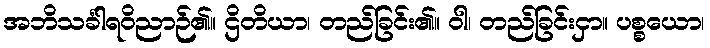
အဘိသင်္ခါရဝိညာဉ်၏။ ဌိတိယာ၊ တည်ခြင်း၏။ ဝါ၊ တည်ခြင်းငှာ။ ပစ္စယော၊